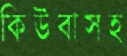
কিউবাসহ